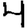
Digit: 4